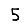
Digit: 5